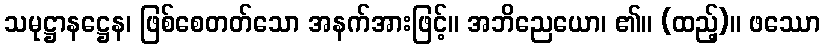
သမုဋ္ဌာနဋ္ဌေန၊ ဖြစ်စေတတ်သော အနက်အားဖြင့်။ အဘိညေယော၊ ၏။ (ထည့်)။ ဖဿော